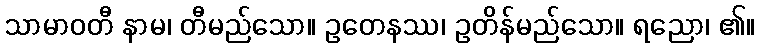
သာမာဝတီ နာမ၊ တီမည်သော။ ဥတေနဿ၊ ဥတိန်မည်သော။ ရညော၊ ၏။